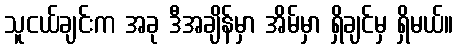
သူငယ်ချင်းက အခု ဒီအချိန်မှာ အိမ်မှာ ရှိချင်မှ ရှိမယ်။